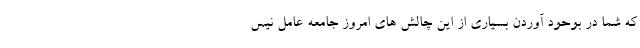
که شما در بوحود آوردن بسیاری از این چالش های امروز جامعه عامل نیس